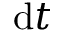
\mathrm { d } t